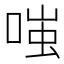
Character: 𫪻